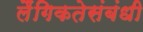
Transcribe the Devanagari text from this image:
लैंगिकतेसंबंधी